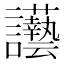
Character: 𲂀